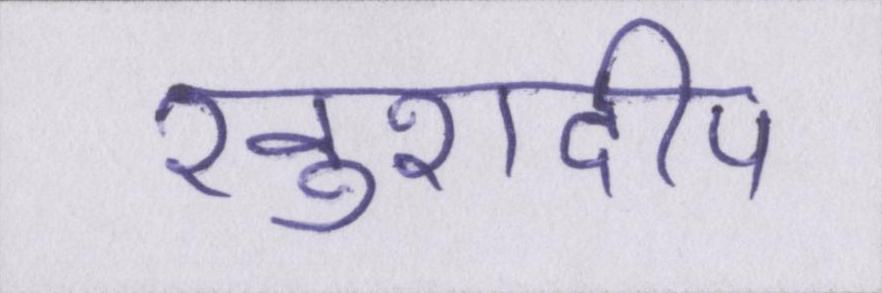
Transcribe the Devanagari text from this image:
खुशदीप